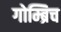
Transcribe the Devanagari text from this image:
गोम्ब्रिच